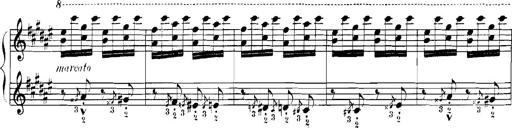
Title: Rhapsodies hongroises
Composer: Franz Liszt